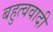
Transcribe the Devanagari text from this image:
बहुत्ववादी